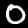
Digit: 0